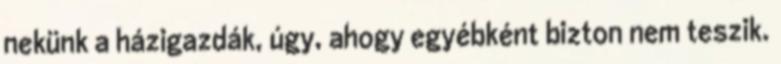
nekünk a házigazdák, úgy, ahogy egyébként bizton nem teszik.